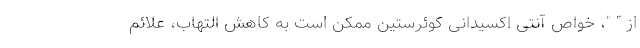
از " "، خواص آنتی اکسیدانی کوئرستین ممکن است به کاهش التهاب، علائم